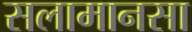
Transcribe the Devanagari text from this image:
सलामानसा